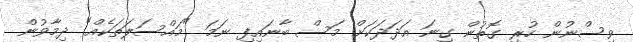
ވިސްނުން ހުރި ގޮތުން ގިނަ އަދަދަކަށް މަސް ބާނައިފި ނަމަ "މައްސަލަތަކެއް" ދިމާވުން